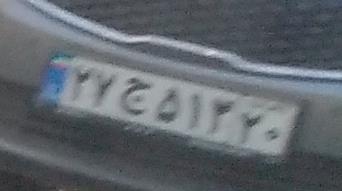
۲۷ج۵۱۳۲۰